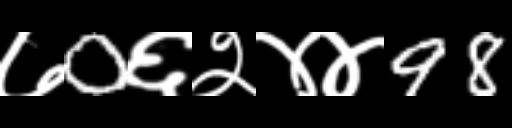
Text: ७0६२४४98